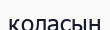
қоласын